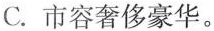
C.市容奢侈豪华。